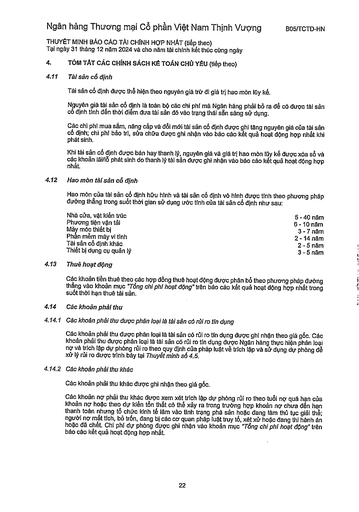
|Nhà cửa, vật kiến trúc|5-40 năm| |---|---| |Phương tiện vận tải|6-10 năm| |Máy móc thiết bị|3-7 năm| |Phần mềm máy vi tính|2-14 năm| |Tài sản cố định khác|2-5 năm| |Thiết bị dụng cụ quản lý|3-5 năm|